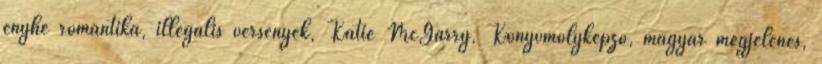
enyhe romantika, illegális versenyek, Katie McGarry, Könyvmolyképző, magyar megjelenés,